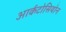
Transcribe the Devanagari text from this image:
आर्कटोसियोन